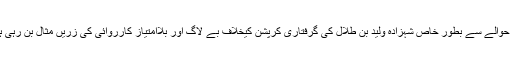
اس حوالے سے بطور خاص شہزادہ ولید بن طلال کی گرفتاری کرپشن کیخلاف بے لاگ اور بلاامتیاز کارروائی کی زریں مثال بن رہی ہے۔